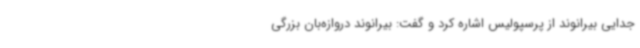
جدایی بیرانوند از پرسپولیس اشاره کرد و گفت: بیرانوند دروازه‌بان بزرگی